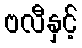
ဗလီနှင့်